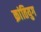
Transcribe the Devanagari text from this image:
क्रांतियुग